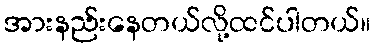
အားနည်းနေတယ်လို့ထင်ပါတယ်။